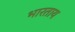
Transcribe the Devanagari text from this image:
भारताय